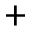
^ +